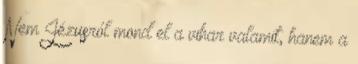
Nem Jézusról mond el a vihar valamit, hanem a